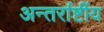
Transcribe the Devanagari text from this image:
अन्तर्राष्टींय